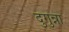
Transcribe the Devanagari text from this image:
दुगुन्ना